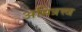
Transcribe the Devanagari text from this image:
अमित्रत्त्व